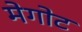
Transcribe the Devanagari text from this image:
मेगोट